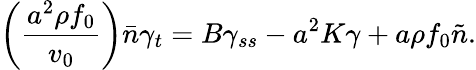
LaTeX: \left(\frac{a^{2}\rho f_{0}}{v_{0}}\right)\bar{n}\gamma_{t}=B\gamma_{ss}-a^{2}K\gamma+a\rho f_{0}\tilde{n}.